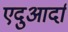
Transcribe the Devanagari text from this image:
एदुआर्दा